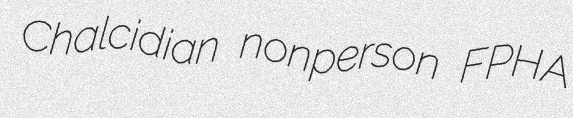
Chalcidian nonperson FPHA